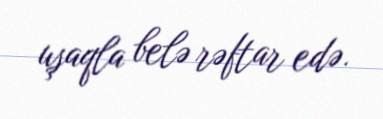
uşaqla belə rəftar edə.